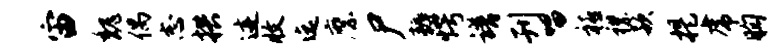
宙魏偶志拱迹收迄縻尸耨愕谱刊唱禧襟款提虎胸